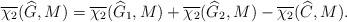
LaTeX: \begin{align*}\overline{\chi_2}(\widehat{G},M)=\overline{\chi_2}(\widehat{G}_1,M)+\overline{\chi_2}(\widehat{G}_2,M)-\overline{\chi_2}(\widehat{C},M).\end{align*}